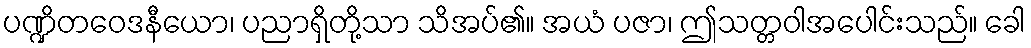
ပဏ္ဍိတဝေဒနီယော၊ ပညာရှိတို့သာ သိအပ်၏။ အယံ ပဇာ၊ ဤသတ္တဝါအပေါင်းသည်။ ခေါ